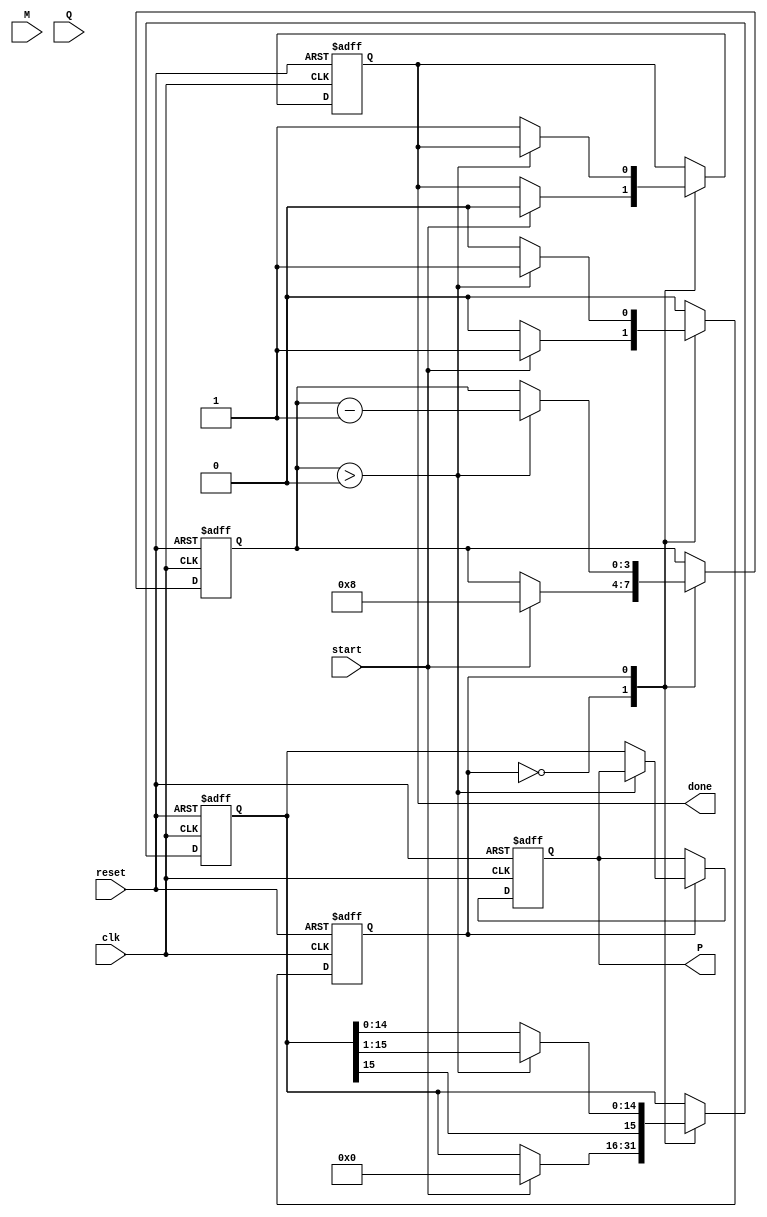
module modified_booth_multiplier #(parameter N = 8) (
    input wire clk,
    input wire reset,
    input wire start,
    input wire signed [N-1:0] M, // Multiplicand
    input wire signed [N-1:0] Q, // Multiplier
    output reg signed [2*N-1:0] P, // Product
    output reg done // Indicates multiplication completion
);

    reg signed [N-1:0] M_reg;
    reg signed [N:0] Q_reg; // Extended Q to N+1 bits
    reg signed [2*N-1:0] A; // Accumulator
    reg [3:0] count; // Counter for number of bits processed
    reg [1:0] Q_bits; // Two bits of Q
    reg state; // State for processing
    
    localparam IDLE = 1'b0, RUN = 1'b1;

    always @(posedge clk or posedge reset) begin
        if (reset) begin
            P <= 0;
            A <= 0;
            Q_reg <= 0;
            count <= 0;
            done <= 0;
            state <= IDLE;
        end else begin
            case (state)
                IDLE: begin
                    if (start) begin
                        M_reg <= M;
                        Q_reg <= {1'b0, Q}; // Extend Q with a 0
                        A <= 0;
                        count <= N; // Process N bits
                        done <= 0;
                        state <= RUN;
                    end
                end
                
                RUN: begin
                    if (count > 0) begin
                        Q_bits = Q_reg[1:0]; // Get the last two bits of Q
                        case (Q_bits)
                            2'b00: begin
                                // No operation
                                A <= A; 
                            end
                            2'b01: begin
                                // Add M to A
                                A <= A + {M_reg, N'b0}; // Shift M left
                            end
                            2'b10: begin
                                // Subtract M from A
                                A <= A - {M_reg, N'b0}; // Shift M left
                            end
                            2'b11: begin
                                // No operation
                                A <= A; 
                            end
                        endcase

                        // Right shift A and Q_reg
                        A <= {A[2*N-1], A[2*N-1:1]}; // Arithmetic right shift
                        Q_reg <= {A[0], Q_reg[N:2]}; // Shift Q_reg

                        count <= count - 1; // Decrement the count
                    end else begin
                        P <= A; // Store the final product
                        done <= 1; // Indicate done
                        state <= IDLE; // Go back to IDLE state
                    end
                end
            endcase
        end
    end
endmodule